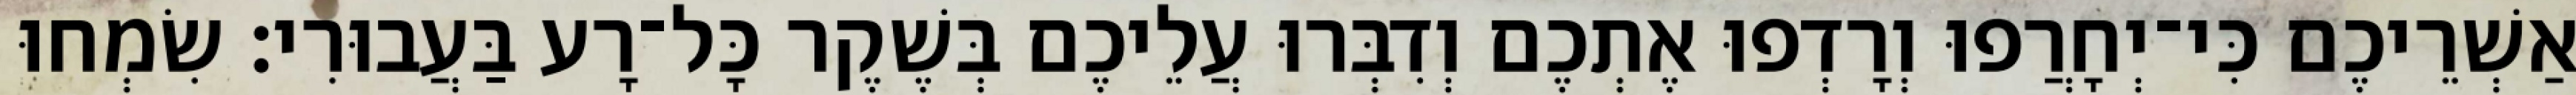
אַשְׁרֵיכֶם כִּי־יְחָרֲפוּ וְרָדְפוּ אֶתְכֶם וְדִבְּרוּ עֲלֵיכֶם בְּשֶׁקֶר כָּל־רָע בַּעֲבוּרִי׃ שִׂמְחוּ